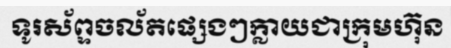
ទូរស័ព្ទចល័តផ្សេងៗក្លាយជាក្រុមហ៊ុន